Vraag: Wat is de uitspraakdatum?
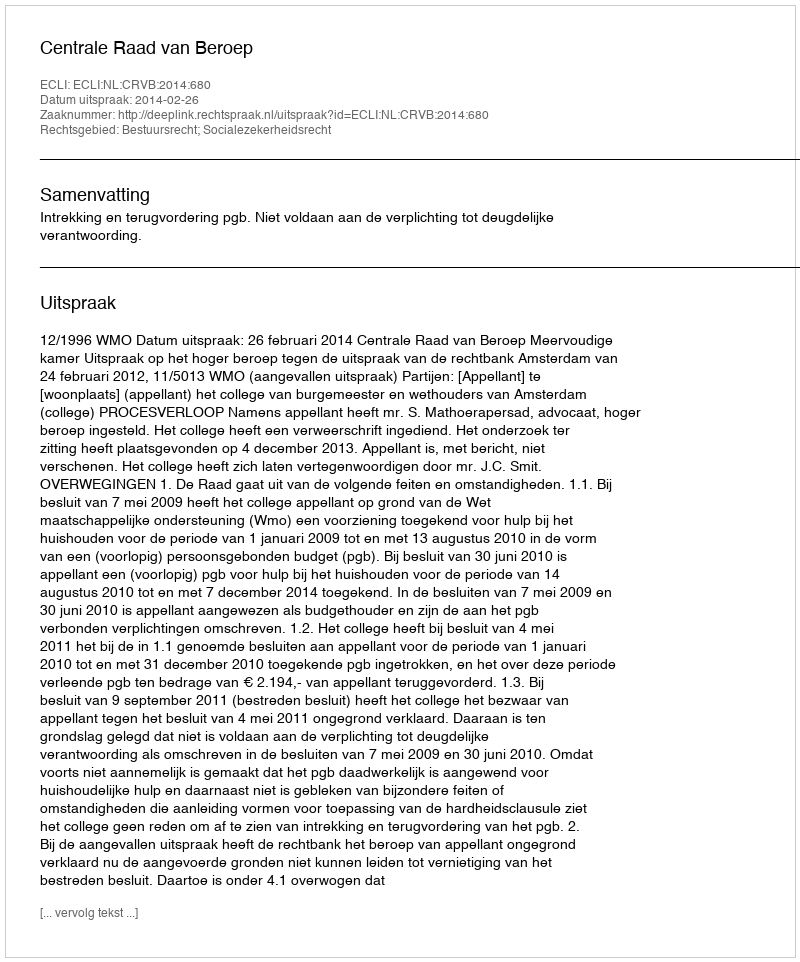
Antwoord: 2014-02-26